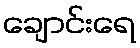
ချောင်းရေ